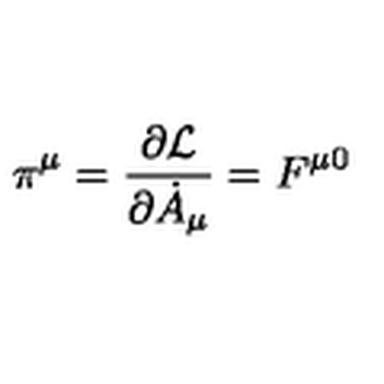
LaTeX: \pi ^ { \mu } = \frac { \partial { \cal L } } { \partial { \dot { A } } _ { \mu } } = F ^ { \mu 0 }